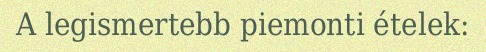
A legismertebb piemonti ételek: